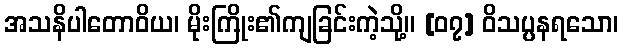
အသနိပါတောဝိယ၊ မိုးကြိုး၏ကျခြင်းကဲ့သို့။ [၀၇] ဝိသပ္ပနရသော၊